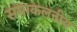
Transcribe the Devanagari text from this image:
समाकलनीय